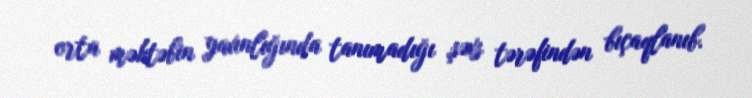
orta məktəbin yaxınlığında tanımadığı şəxs tərəfindən bıçaqlanıb.